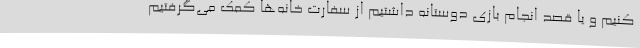
کنیم و یا قصد انجام بازی دوستانه داشتیم از سفارت خانه‌ها کمک می‌گرفتیم